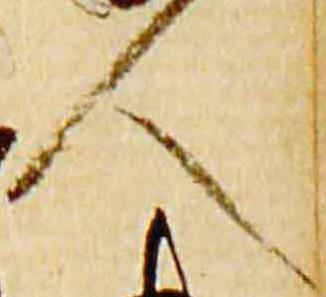
人